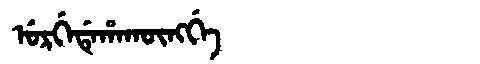
Manchu: ᡠᡵᡤᡝᡩᡝᡥᠠᡴᡡᠩᡤᡝ
Romanization: URGEDEHAKŪNGGE